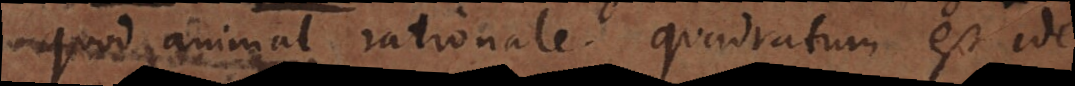
quod animal rationale, quadratum est idem